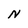
Character: N